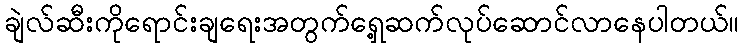
ချဲလ်ဆီးကိုရောင်းချရေးအတွက်ရှေ့ဆက်လုပ်ဆောင်လာနေပါတယ်။